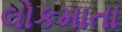
લોકમાતા